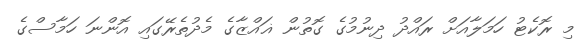
މި ރޮކެޓު ހަމަލާއަށް ރައްދު ދިނުމުގެ ގޮތުން ޣައްޒާގެ މެދުތެރޭގައި އޮންނަ ހަމާސްގެ